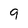
Character: 9